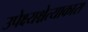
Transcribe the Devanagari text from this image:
उपेक्ष्यश्चेत्याकारा